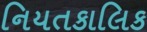
નિયતકાલિક